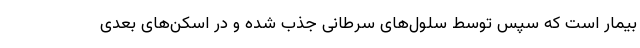
بیمار است که سپس توسط سلول‌های سرطانی جذب شده و در اسکن‌های بعدی